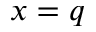
x = q